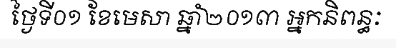
ថ្ងៃទី០១ ខែមេសា ឆ្នាំ២០១៣ អ្នកនិពន្ធៈ